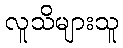
လူသိများသူ